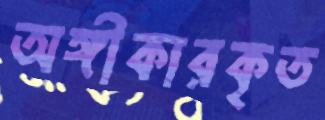
অঙ্গীকারকৃত